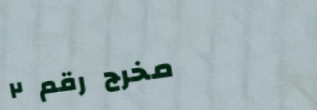
مخرج رقم ٢